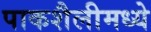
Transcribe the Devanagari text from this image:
पाकशैलीमध्ये